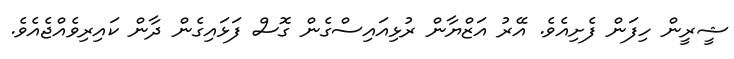
ޝީރީން ހިފަން ފެށިއެވެ. އޭރު އަޒްޔާން ރުޅިއައިސްގެން ގޮސް ފަޅައިގެން ދާން ކައިރިވެއްޖެއެވެ.